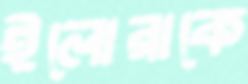
ইলোরাকে